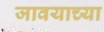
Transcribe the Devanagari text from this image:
जावयाच्या